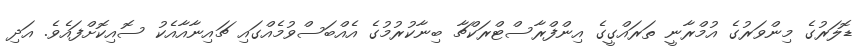
ޑޮލަރުގެ މިންވަރުގެ އުމްރާނީ ތަރައްގީގެ އިންފްރާސްޓްރަކްޗާ ބިނާކުރުމުގެ އެއްބަސްވުމެއްގައި ޗައިނާއާއެކު ސޮއިކޮށްފައެވެ. އަދި